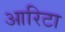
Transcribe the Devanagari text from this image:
आरिटा